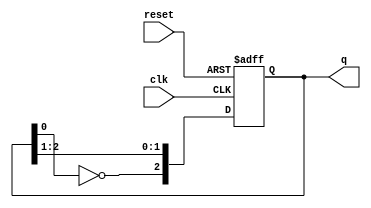
module Johnson_Counter (
    input wire clk,      // Clock signal
    input wire reset,    // Asynchronous reset signal
    output reg [2:0] q   // 3-bit output of the Johnson counter
);

// Always block for the Johnson counter operation
always @(posedge clk or posedge reset) begin
    if (reset) begin
        // Initialize the counter to known state (000)
        q <= 3'b000;
    end else begin
        // Johnson counter logic
        q[2] <= ~q[0];  // Feedback inverted output of last flip-flop to the first
        q[1] <= q[2];   // Shift the states
        q[0] <= q[1];   // Shift the states
    end
end

endmodule